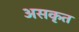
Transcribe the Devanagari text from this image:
असकृत